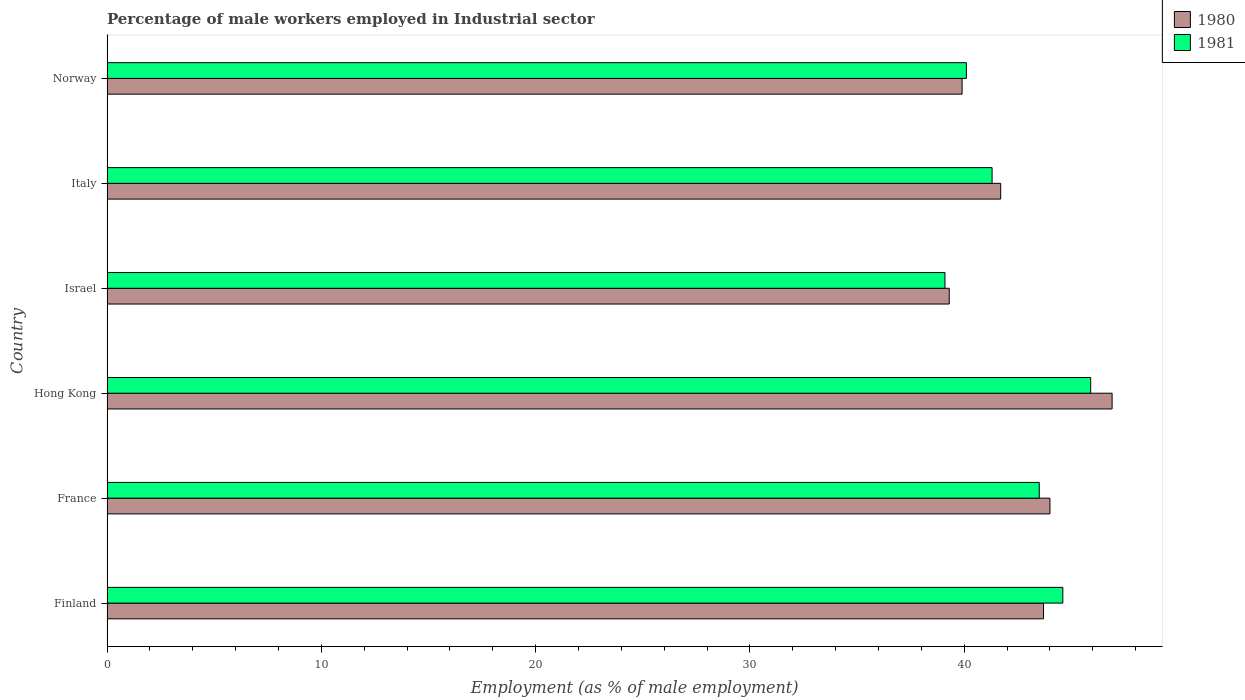
| Country | 1980 | 1981 |
 | --- | --- | --- |
 | Finland | 43.7 | 44.6 |
 | France | 44 | 43.5 |
 | Hong Kong | 46.9 | 45.9 |
 | Israel | 39.3 | 39.1 |
 | Italy | 41.7 | 41.3 |
 | Norway | 39.9 | 40.1 |